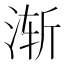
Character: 渐